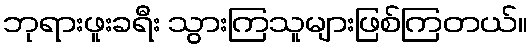
ဘုရားဖူးခရီး သွားကြသူများဖြစ်ကြတယ်။